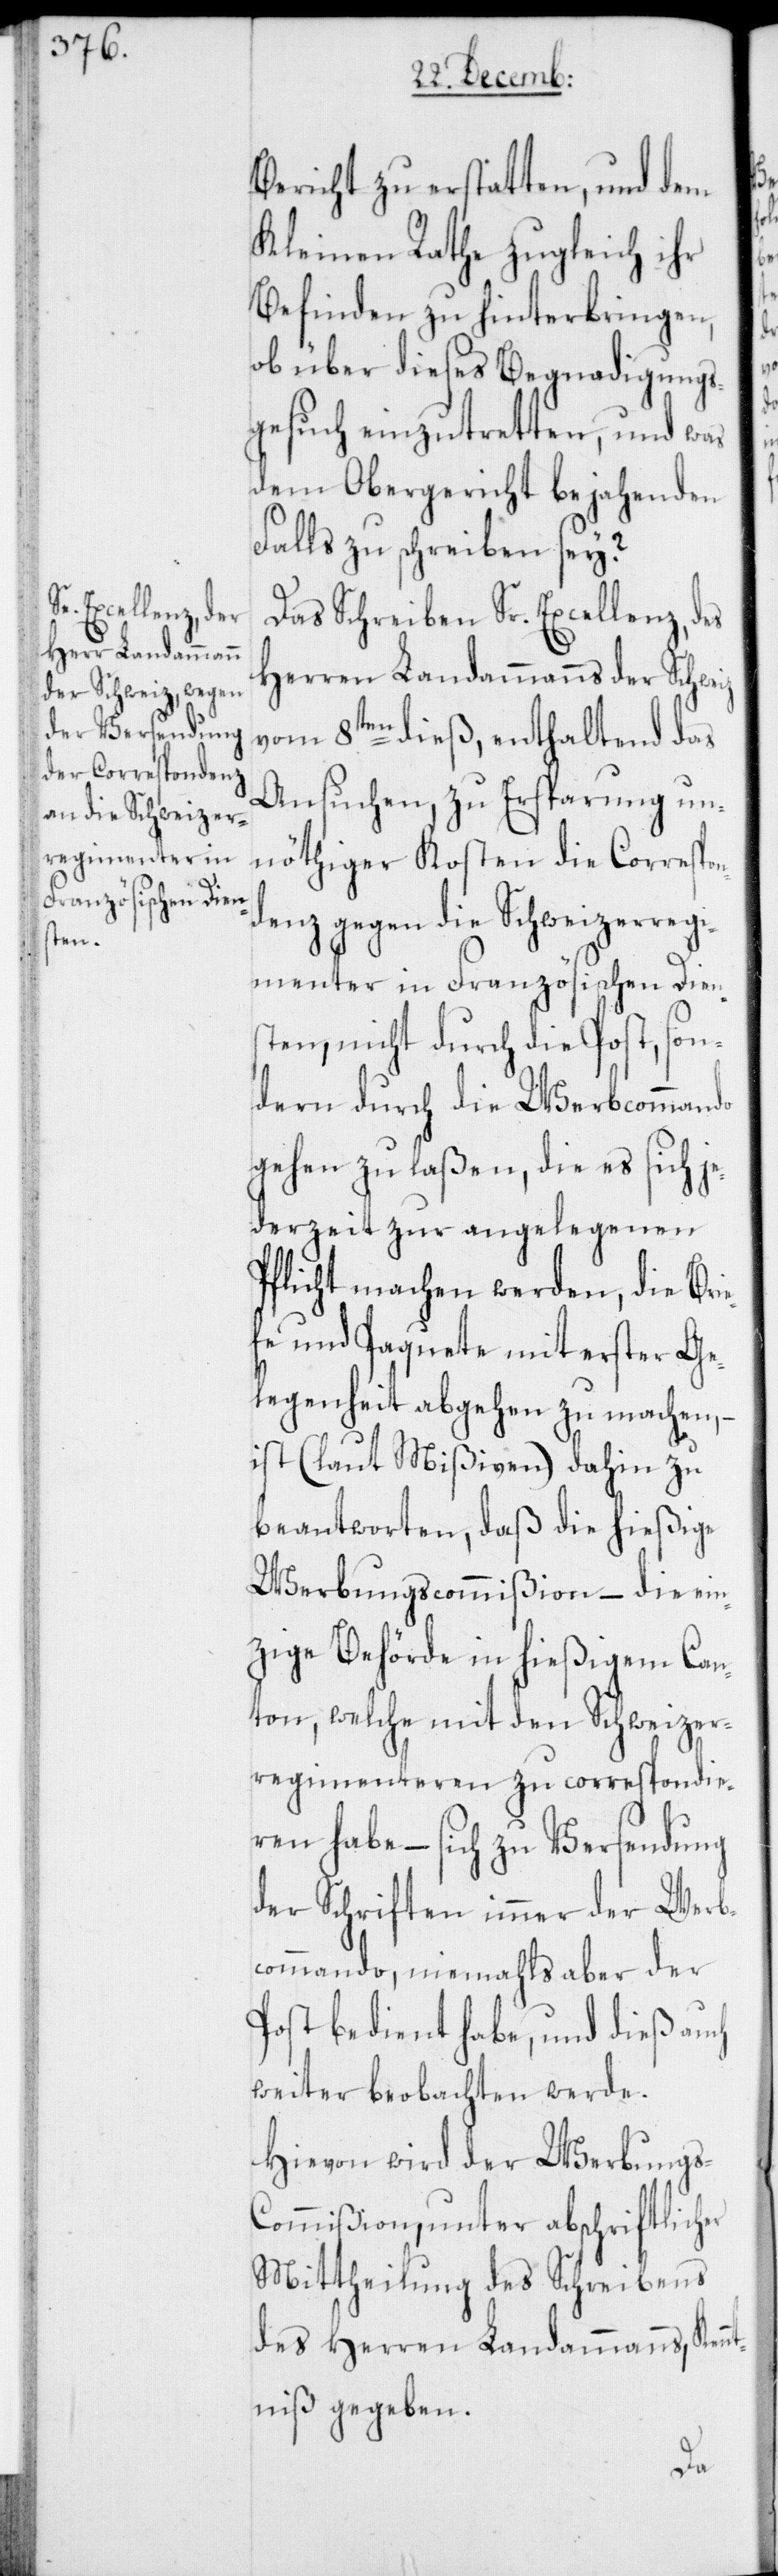
Bericht zu erstatten, und dem
Kleinen Rathe zugleich ihr
Befinden zu hinterbringen,
ob über dieses Begnadigungs¬
gesuch einzutretten, und was
dem Obergericht bejahenden
Falls zu schreiben sei?
Das Schreiben Sr. Excellenz, des
Herren Landammanns der Schweiz
vom 8ten dieß, enthaltend das
Ansuchen, zu Ersparung un¬
nöthiger Kosten die Correspon¬
denz gegen die Schweizerregi¬
menter in Französischen Dien¬
sten, nicht durch die Post, son¬
dern durch die Werbcommando
gehen zu laßen, die es sich je¬
derzeit zur angelegenen
Pflicht machen werden, die Bri¬
efe und Paquete mit erster Ge¬
legenheit abgehen zu machen, –
ist (laut Mißiven) dahin zu
beantworten, daß die hießige
Werbungscommißion – die ein¬
zige Behörde in hießigem Can¬
ton, welche mit den Schweizer¬
regimenteren zu correspondie¬
ren habe – sich zu Versendung
der Schriften immer der Werb¬
commando, niemahls aber der
Post bedient habe, und dieß auch
weiter beobachten werde.
Hievon wird der Werbungs-C¬
ommißion, unter abschriftlicher
Mittheilung des Schreibens
des Herren Landammanns, Kenn¬
tniß gegeben.